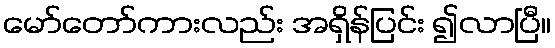
မော်တော်ကားလည်း အရှိန်ပြင်း ၍လာပြီ။